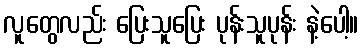
လူတွေလည်း ပြေးသူပြေး ပုန်းသူပုန်း နဲ့ပေါ့။